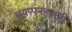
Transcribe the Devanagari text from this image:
बयप्पनहल्ली